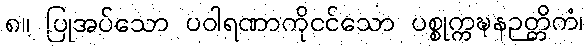
၈။ ပြုအပ်သော ပဝါရဏာကိုငင်သော ပစ္စုက္ကဍ္ဎနဉတ္တိကံ၊